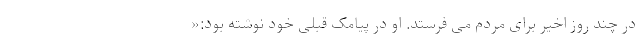
در چند روز اخیر برای مردم می فرستد. او در پیامک قبلی خود نوشته بود:«